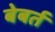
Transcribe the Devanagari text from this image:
बेबर्त